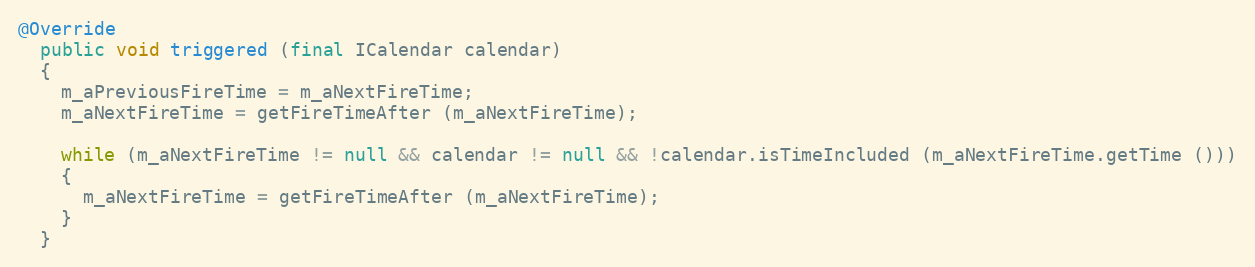
Language: Java
@Override
  public void triggered (final ICalendar calendar)
  {
    m_aPreviousFireTime = m_aNextFireTime;
    m_aNextFireTime = getFireTimeAfter (m_aNextFireTime);

    while (m_aNextFireTime != null && calendar != null && !calendar.isTimeIncluded (m_aNextFireTime.getTime ()))
    {
      m_aNextFireTime = getFireTimeAfter (m_aNextFireTime);
    }
  }